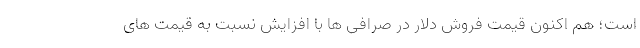
است؛ هم اکنون قیمت فروش دلار در صرافی ها با افزایش نسبت به قیمت های